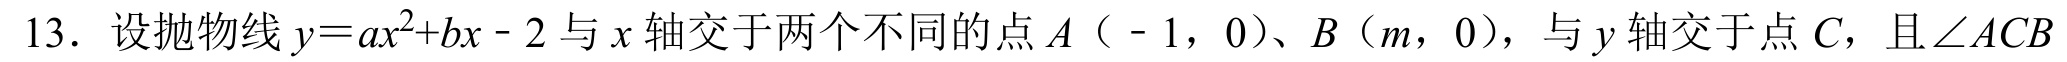
13. 设抛物线\(y = ax^{2}+bx - 2\)与\(x\)轴交于两个不同的点\(A\)（\(-1\)，\(0\)）、\(B\)（\(m\)，\(0\)），与\(y\)轴交于点\(C\)，且\(\angle ACB\)